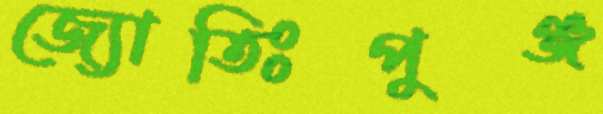
জ্যোতিঃপুঞ্জ